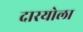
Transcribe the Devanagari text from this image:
दारयोला